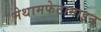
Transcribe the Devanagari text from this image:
मेथामफेटामाइन